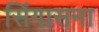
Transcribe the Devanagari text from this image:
सिंगासना